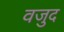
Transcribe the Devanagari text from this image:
वजुद